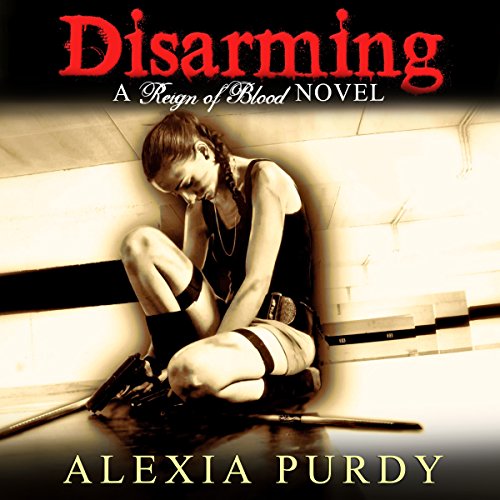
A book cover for Disarming: Reign of Blood, Book 2; Alexia Purdy; Literature & Fiction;